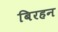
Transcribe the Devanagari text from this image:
बिरहन